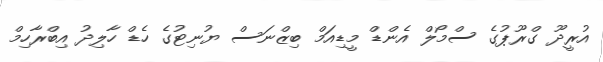
އުރީދޫ ގްރޫޕުގެ ސްމޯލް އެންޑް މީޑިއަމް ބިޒްނަސް ޔުނިޓުގެ ހެޑް ހާލިދު އިބްރާހިމް